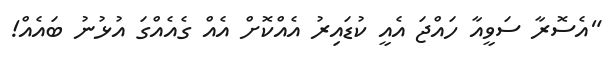
"އެސޮރާ ސަވީއާ ހައްޖަ އެއީ ކުޑައިރު އެއްކޮށް އެއް ގެއެއްގަ އުޅުނު ބައެއް!